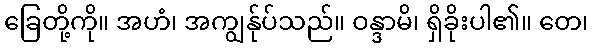
ခြေတို့ကို။ အဟံ၊ အကျွန်ုပ်သည်။ ဝန္ဒာမိ၊ ရှိခိုးပါ၏။ တေ၊